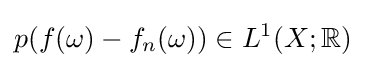
p(f(\omega )-f_{n}(\omega ))\in L^{1}(X;\mathbb {R} )